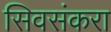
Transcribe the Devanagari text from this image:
सिवसंकरा